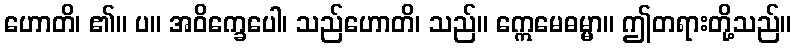
ဟောတိ၊ ၏။ ပ။ အဝိက္ခေပေါ၊ သည်ဟောတိ၊ သည်။ ဣေမေဓမ္မာ။ ဤတရားတို့သည်။